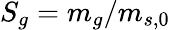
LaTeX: S_{g}=m_{g}/m_{s,0}